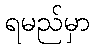
ရမည်မှာ